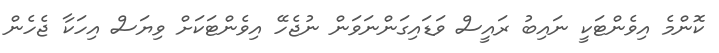
ކޮންމެ އިވެންޓަކީ ނައިބު ރައީސް ވަޑައިގަންނަވަން ނުޖެހޭ އިވެންޓަކަށް ވިޔަސް އިހަކާ ޖެހެން